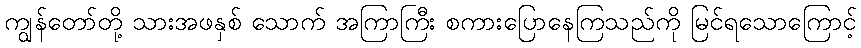
ကျွန်တော်တို့ သားအဖနှစ် သောက် အကြာကြီး စကားပြောနေကြသည်ကို မြင်ရသောကြောင့်